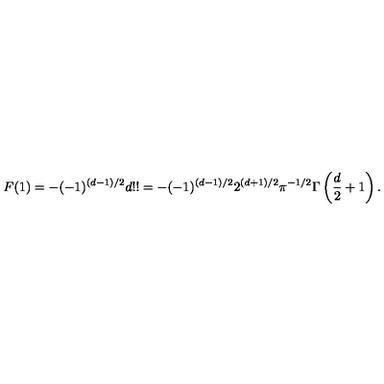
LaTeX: F ( 1 ) = - ( - 1 ) ^ { ( d - 1 ) / 2 } d ! ! = - ( - 1 ) ^ { ( d - 1 ) / 2 } 2 ^ { ( d + 1 ) / 2 } \pi ^ { - 1 / 2 } \Gamma \left( { \frac { d } { 2 } } + 1 \right) .